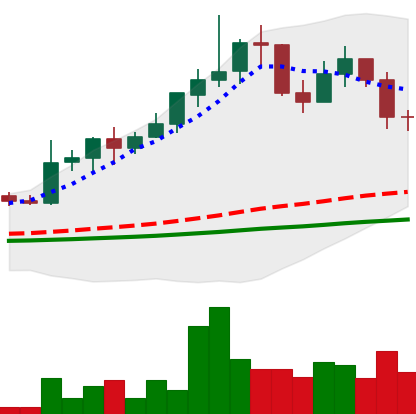
Ticker: LINK-USD
Chart end date: 2019-05-31
Forward return: 5.443%
Label: up_5_7